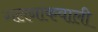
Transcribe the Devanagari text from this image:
गलनांकवाली